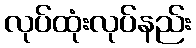
လုပ်ထုံးလုပ်နည်း